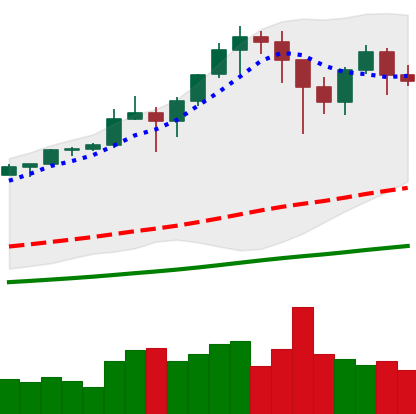
Ticker: BTC-USD
Chart end date: 2021-01-16
Forward return: -14.795%
Label: down_7plus